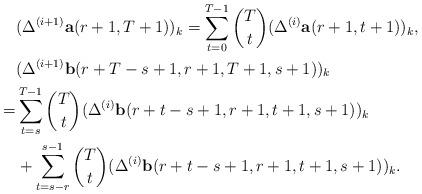
LaTeX: \begin{align*} & (\Delta^{(i+1)} {\bf a}(r+1,T+1))_{k}=\sum^{T-1}_{t=0}\binom {T}{t}(\Delta^{(i)}{\bf a}(r+1,t+1))_{k}, \\ & (\Delta^{(i+1)} {\bf b}(r+T-s+1,r+1, T+1, s+1))_{k} \\ =& \sum^{T-1}_{t=s}\binom {T}{t}(\Delta^{(i)} {\bf b}(r+t-s+1,r+1, t+1, s+1))_{k} \\ &+\sum^{s-1}_{t=s-r}\binom {T}{t}(\Delta^{(i)} {\bf b}(r+t-s+1,r+1, t+1, s+1))_{k}. \end{align*}